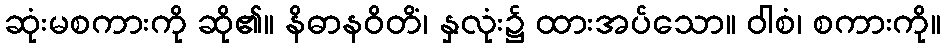
ဆုံးမစကားကို ဆို၏။ နိဓာနဝိတိံ၊ နှလုံး၌ ထားအပ်သော။ ဝါစံ၊ စကားကို။